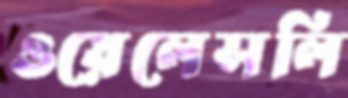
ওয়েলেসলি